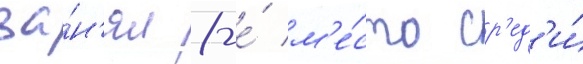
за́н'ял 8-е́ м'е́сто ср'ед'и́